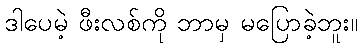
ဒါပေမဲ့ ဖီးလစ်ကို ဘာမှ မပြောခဲ့ဘူး။